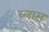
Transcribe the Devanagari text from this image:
व्लास